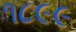
૧૮૯૯